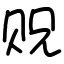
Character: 贶